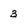
Character: 3